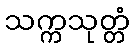
သက္ကသုတ္တံ